Annual statistical returns and brief notes on vaccination in Bengal - 1896-1909
Year: 1896
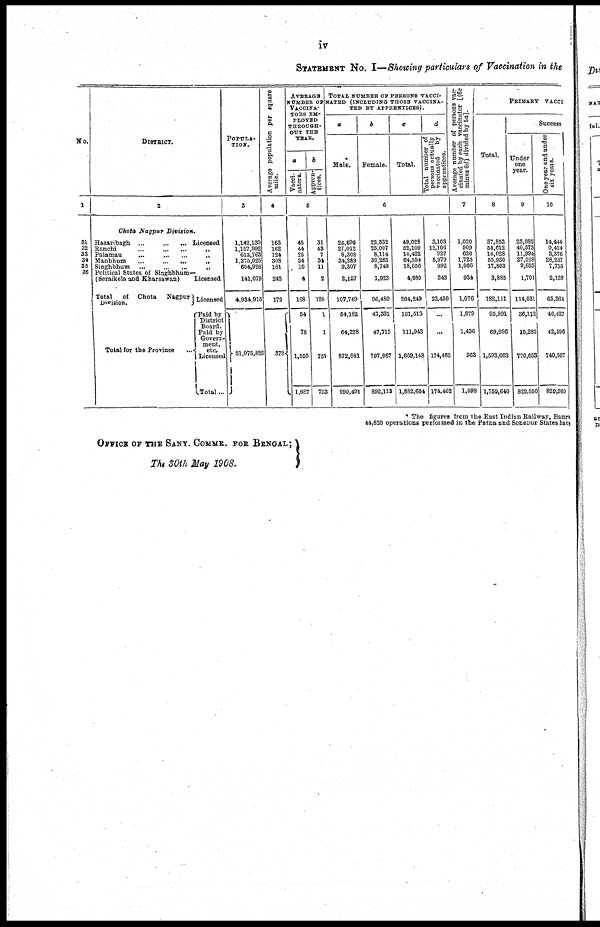
iv
STATEMENT No. I—Showing particulars of Vaccination in the
No.
1
31
32
33
34
35
36
DISTRICT.
2
Chota Nagpur Division.
Hazaribagh
...
...
... Licensed
Ranchi ... ... ... „
Palamau ... ... ... „
Manbhum ... ... ... „
Singhbhum ... ... ... „
Political States of Singhbhum-
(Seraikela and Kharsawan)
Total
of Chota
Nagpur
Division.
Total for the Province
...
Licensed
Licensed
Paid by
District
Board.
Paid by
Govern-
ment.
Licensed
Total ...
POPULA-
TION
3
1,142,130
1,157,992
613,763
1,275,025
604,926
141,079
4,934,915
51,075,829
Average population per square
mile.
4
163
162
124
308
161
242
179
372
AVERAGE
NUMBER OF
VACCINA-
TORS EM-
PLOYED
THROUGH-
OUT THE
YEAR.
a
Vacci-
nators.
b
Appren-
tices.
5
45
44
25
34
16
4
168
54
78
1,555
1,687
31
43
7
34
11
2
128
1
1
751
753
TOTAL NUMBER OF PERSONS VACCI-
NATED (INCLUDING THOSE VACCINA-
TED BY APPRENTICES).
a
Male.
b
Female.
c
Total.
d
Total number of
persons
actually
vaccinated
apprentices.
6
26,696
27,012
8,308
34,289
9,307
2,157
107,769
54,182
64,228
872,081
990,491
22,332
25,097
8,114
30,265
8,749
1,923
96,480
47,331
47,715
797,067
892,113
49,028
52,109
16,422
64,554
18,056
4,080
204,249
101,513
111,943
1,669,148
1,882,604
3,103
12,106
927
5,979
992
343
23,450
...
174,462
174,462
Average number of persons vac-
cinated by each vaccinator [(6c
minus 6d) divided by 5a].
7
1,020
909
620
1,723
1,066
934
1,076
1,879
1,436
963
1,098
PRIMARY VACCI
Total.
8
37,853
50,612
16,028
55,930
17,803
3,885
182,111
95,991
69,986
1,593,663
1,759,640
Success
Under
one
year.
9
23,082
40,573
11,994
27,028
9,653
1,701
114,031
36,112
15,285
770,653
822,050
One year and under
six years.
10
14,444
9,414
3,376
28,237
7,755
2,139
65,361
46,427
42,596
740,957
829,980
* The figures from the East Indian Railway, Bamra
44,820 operations performed in the Patna and Sonepur States have
OFFICE OF THE SANY. COMMR. FOR. BENGAL;
The 30th May 1908.